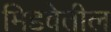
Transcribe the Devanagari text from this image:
मिडवेतील